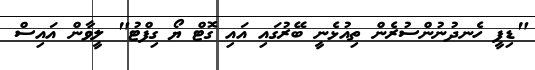
"ޑިފީ ހެނދުނުންސުރެން ތިއުޅެނީ ބޭރުގައި އައި ގޮޓް ޔޯ ގިފްޓު" ލީވާން އައިސް